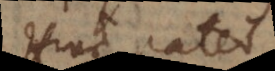
Hinc patet,